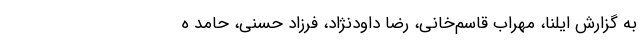
به گزارش ایلنا، مهراب قاسم‌خانی، رضا داودنژاد، فرزاد حسنی، حامد ه